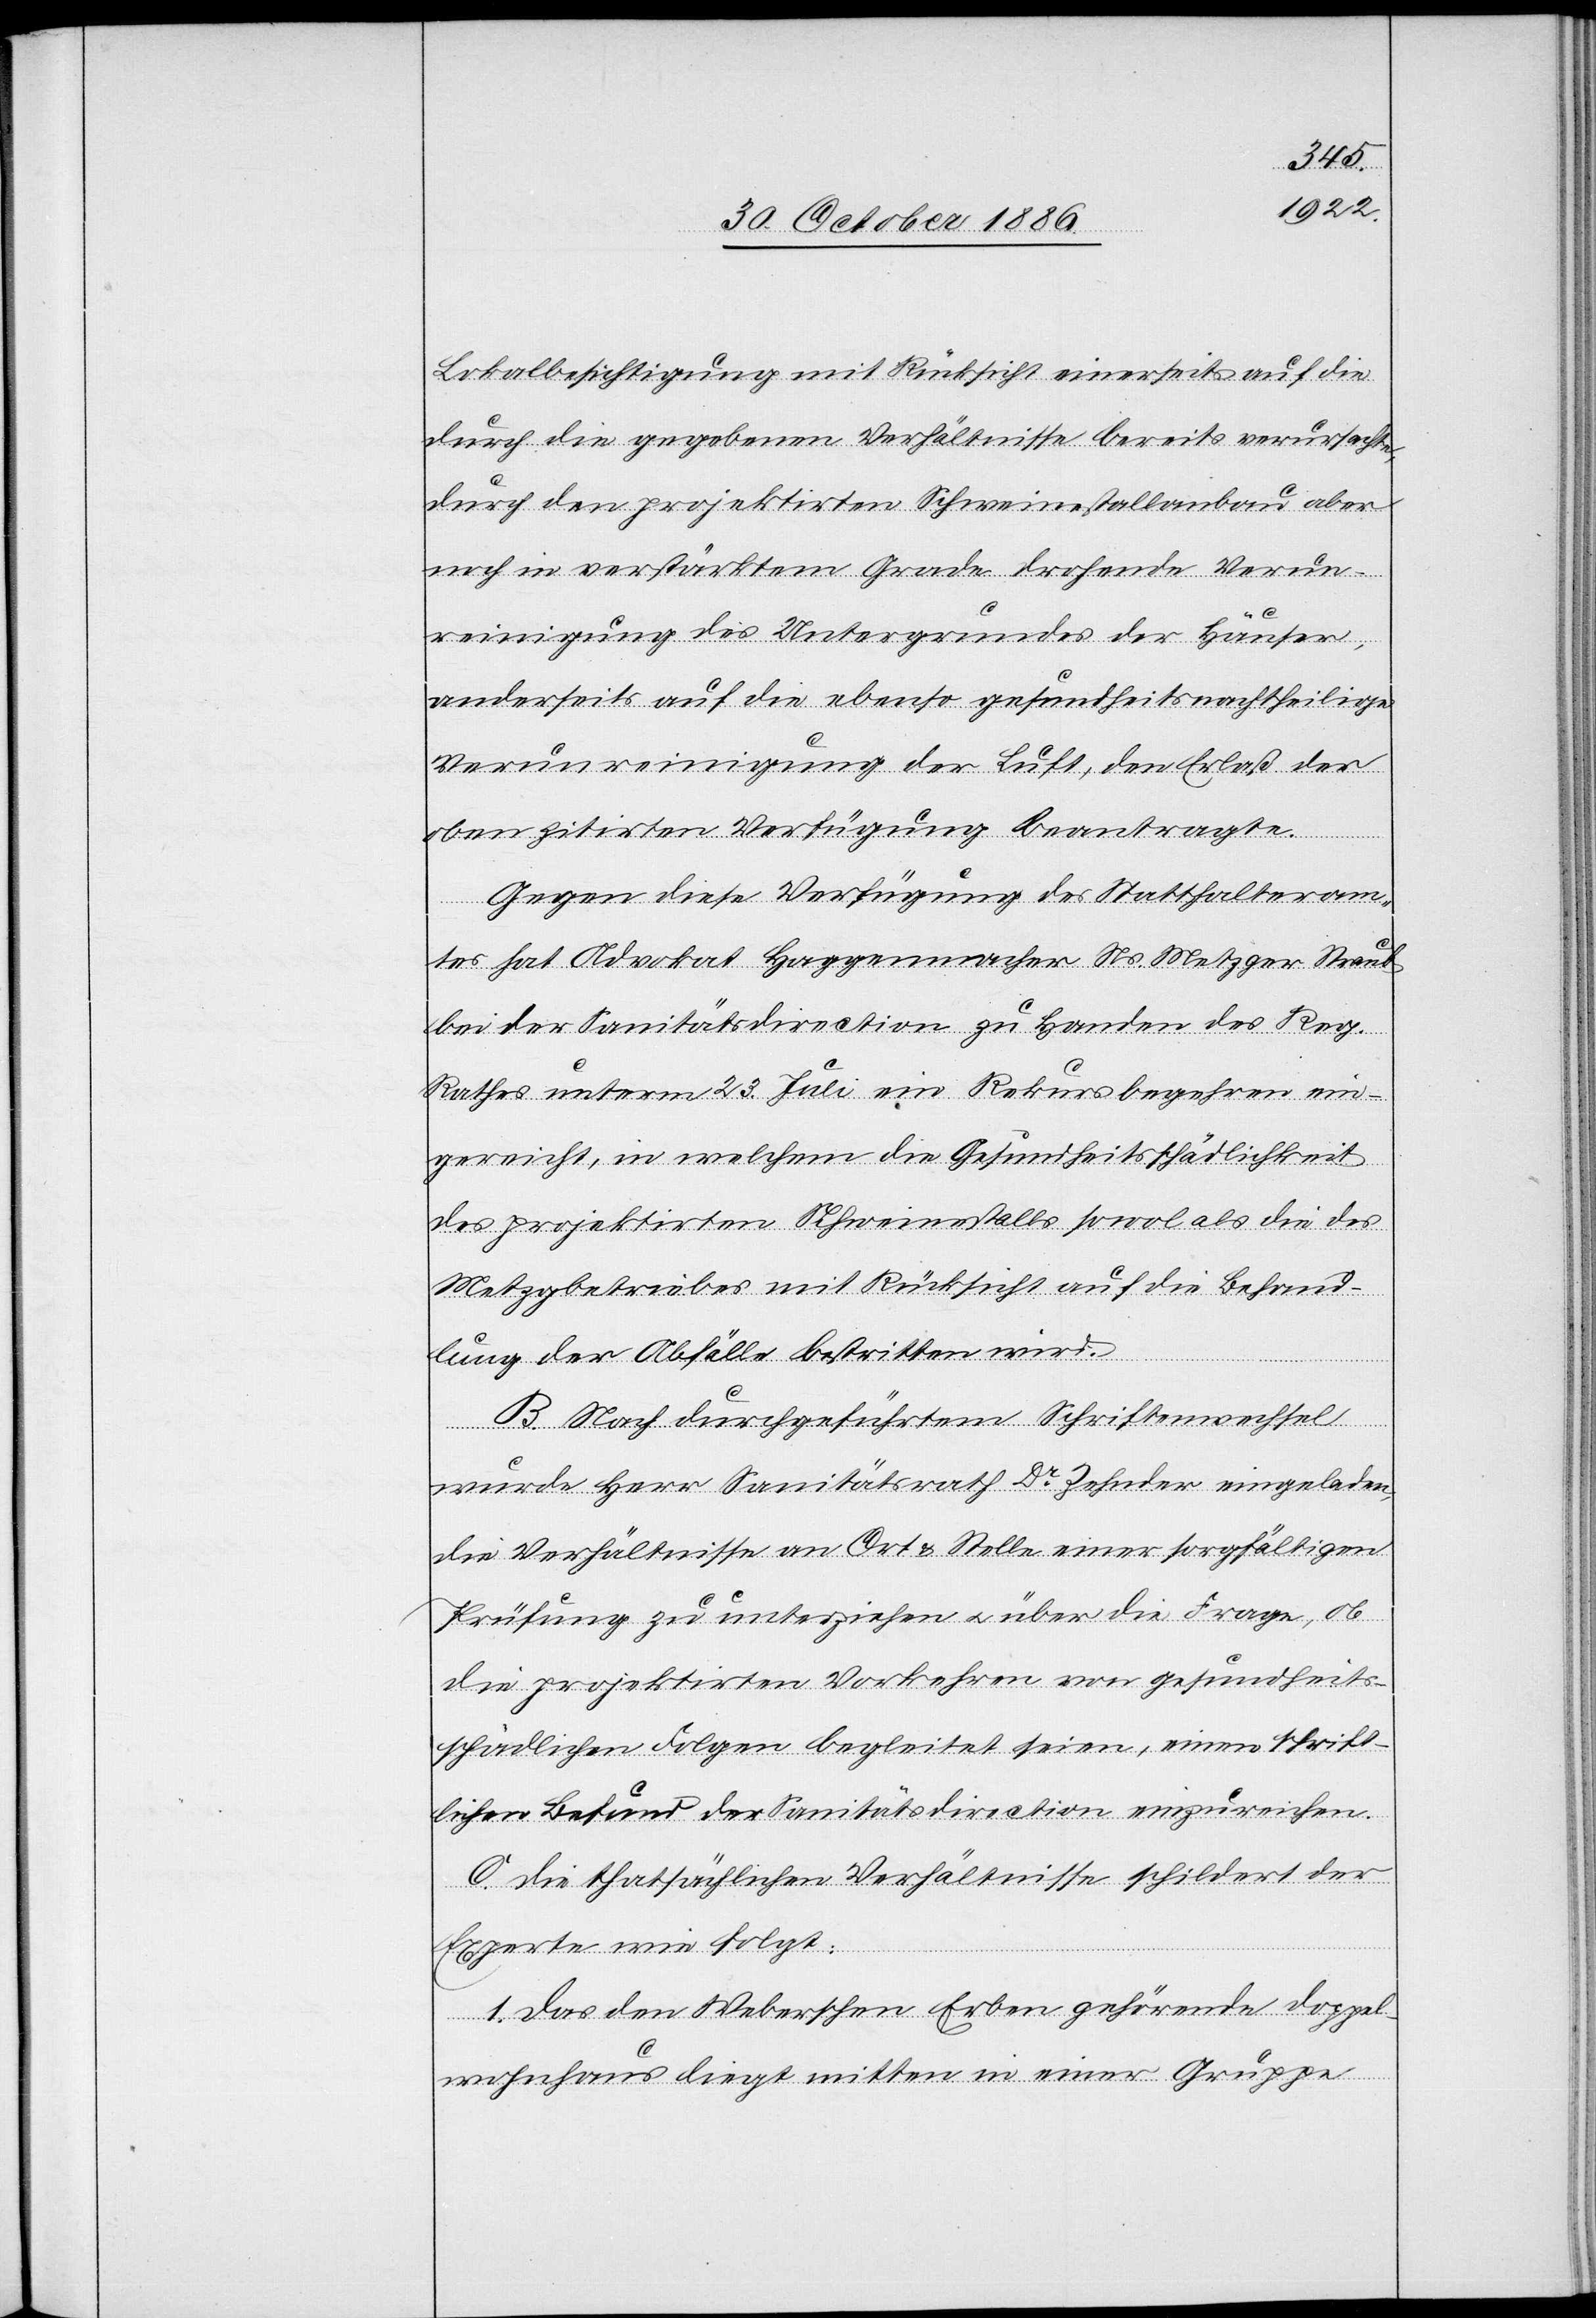
Lokalbesichtigung mit Rücksicht einerseits auf die
durch die gegebenen Verhältnisse bereits verursachte,
durch den projektirten Schweinestallanbau aber
noch in verstärktem Grade drohende Verun¬
reinigung des Untergrundes der Häuser,
anderseits auf die ebenso gesundheitsnachtheilige
Verunreinigung der Luft, den Erlaß der
oben zitirten Verfügung beantragte.
Gegen diese Verfügung des Statthalteram¬
tes hat Advokat Haggenmacher Ns. Metzger Straub
bei der Sanitätsdirection zu Handen des Reg.
Rathes unterm 23. Juli ein Rekursbegehren ein¬
gereicht, in welchem die Gesundheitsschädlichkeit
des projektirten Schweinestalls sowol als die des
Metzgbetriebes mit Rücksicht auf die Behand¬
lung der Abfälle bestritten wird.
B. Nach durchgeführtem Schriftenwechsel
wurde Herr Sanitätsrath Dr Zehnder eingeladen,
die Verhältnisse an Ort & Stelle einer sorgfältigen
Prüfung zu unterziehen & über die Frage, ob
die projektirten Vorkehren von gesundheits¬
schädlichen Folgen begleitet seien, einen schrift¬
lichen Befund der Sanitätsdirection einzureichen.
C. Die thatsächlichen Verhältnisse schildert der
Experte wie folgt:
1. Das den Weberschen Erben gehörende Doppel¬
wohnhaus liegt mitten in einer Gruppe